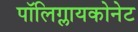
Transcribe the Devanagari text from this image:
पॉलिग्लायकोनेट